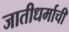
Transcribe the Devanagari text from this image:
जातीधर्माची